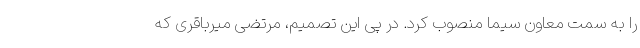
را به سمت معاون سیما منصوب کرد. در پی این تصمیم، مرتضی میرباقری که